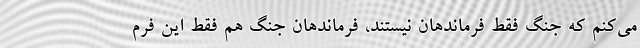
می‌کنم که جنگ فقط فرماند‌هان نیستند، فرماندهان جنگ هم فقط این فرم